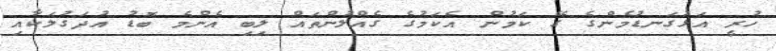
ހުރީ އަޅުގަނޑުމެންގެ ގޭ ކަމުން އެކަމުގެ ގެއްލުންތައް ލިބި އެންމެ ބޮޑު އުދަގުލަކާއި